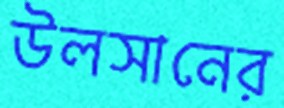
উলসানের